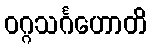
ဝဂ္ဂသင်္ဂဟောတိ